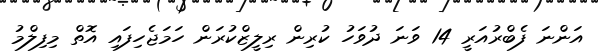
އަންނަ ފެބްރުއަރީ 14 ވަނަ ދުވަހު ކުރިން ރިލީޒްކުރަން ހަމަޖެހިފައި އޮތް މިފިލްމު